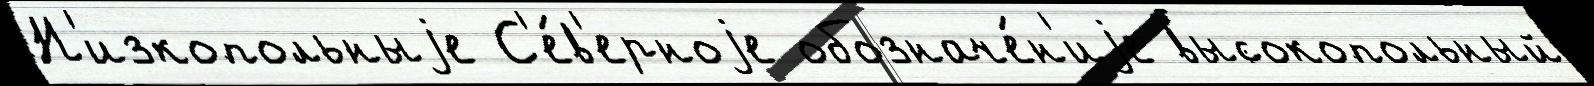
Н'изкопольныjе С'е́в'ерноjе обозначе́н'иjе высокопольный